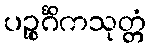
ပဉ္စင်္ဂိကသုတ္တံ